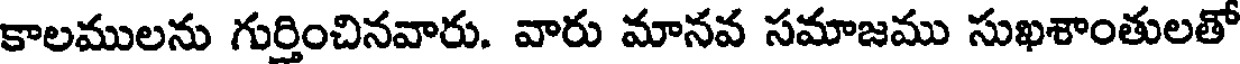
కాలములను గుర్తించినవారు. వారు మానవ సమాజము సుఖశాంతులతో